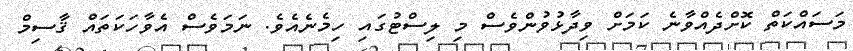
މަސައްކަތް ކޮށްދެއްވާނެ ކަމަށް ވިދާޅުވުންވެސް މި ލިސްޓުގައި ހިމެނެއެވެ. ނަމަވެސް އެވާހަކަތައް ޤާސިމް